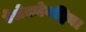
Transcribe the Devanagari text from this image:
ऐलेक्जेनड्रिया